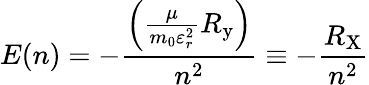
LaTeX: E(n)=-{\frac{\left({\frac{\mu}{m_{0}\varepsilon_{r}^{2}}}R_{\mathrm{y}}\right)}{n^{2}}}\equiv-{\frac{R_{\mathrm{X}}}{n^{2}}}